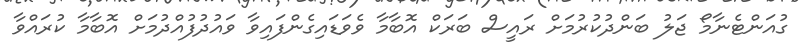
ގުއަންޓެނާމޯ ޖަލު ބަންދުކުރުމަށް ރައީސް ބަރަކް އޮބާމާ ވެވަޑައިގެންފައިވާ ވައުދުފުއްދުމަށް އޮބާމާ ކުރައްވާ